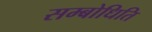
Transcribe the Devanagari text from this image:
सम्बोधिति